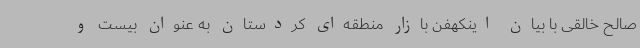
صالح خالقی با بیان اینکهفن بازار منطقه‌ای کردستان به عنوان بیست و